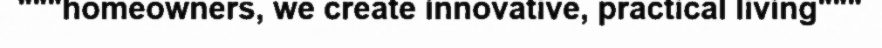
"""homeowners, we create innovative, practical living"""